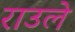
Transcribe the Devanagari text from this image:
राउले